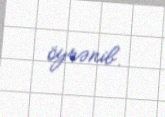
öyrənib.